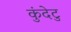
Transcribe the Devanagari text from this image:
कुंदेटु